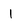
Character: l